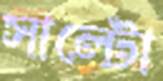
সাল্টো